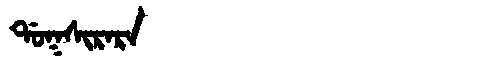
Manchu: ᡩᠣᡴᠰᡳᡵᠠᡵᠠ
Romanization: DOKSIRARA